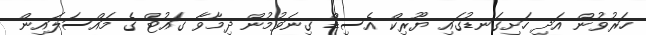
ހަރުވުން އަދި ހަށިގަނޑުގައި ޔޫރިކް އެސިޑް ގިނަވުމުން ދިމާވާ ގައުޓް ގެ މައްސަލައިން